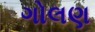
ગોલણ